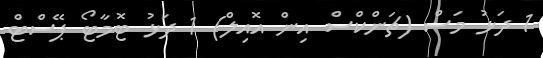
1 ދަޅު މަސް (ޗަންކްސް އިން އޮއިލް) 1 ދަޅު ޓޮމާޓޯ ޕޭސްޓް